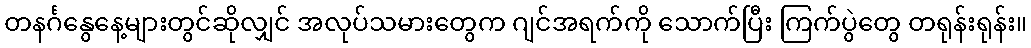
တနင်္ဂနွေနေ့များတွင်ဆိုလျှင် အလုပ်သမားတွေက ဂျင်အရက်ကို သောက်ပြီး ကြက်ပွဲတွေ တရုန်းရုန်း။